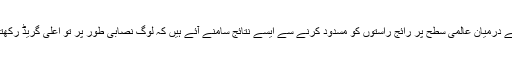
تعلیم کے درمیان عالمی سطح پر رائج راستوں کو مسدود کرنے سے ایسے نتائج سامنے آئے ہیں کہ لوگ نصابی طور پر تو اعلیٰ گریڈ رکھتے ہیں۔